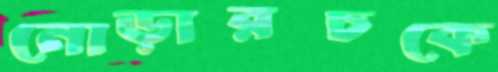
নোড়ারচকে